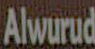
Alwurud